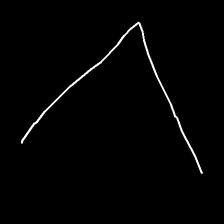
Glyph: region